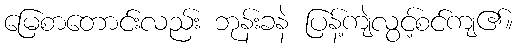
မြေစာတောင်းလည်း ဘုန်းခနဲ ပြန့်ကျဲလွင့်စင်ကျ၏။